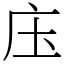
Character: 庒